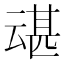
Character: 𫡶